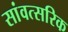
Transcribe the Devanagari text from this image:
सांवत्सरिक